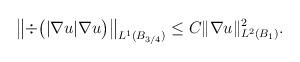
LaTeX: \begin{align*}\left\|\div\big( |\nabla u| \nabla u\big)\right\|_{L^1(B_{3/4})} \leq C \|\nabla u\|_{L^2(B_{1})}^2.\end{align*}